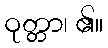
ဝုတ္တာ၊ ၏။